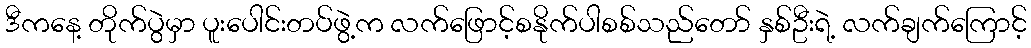
ဒီကနေ့ တိုက်ပွဲမှာ ပူးပေါင်းတပ်ဖွဲ့က လက်ဖြောင့်စနိုက်ပါစစ်သည်တော် နှစ်ဦးရဲ့ လက်ချက်ကြောင့်